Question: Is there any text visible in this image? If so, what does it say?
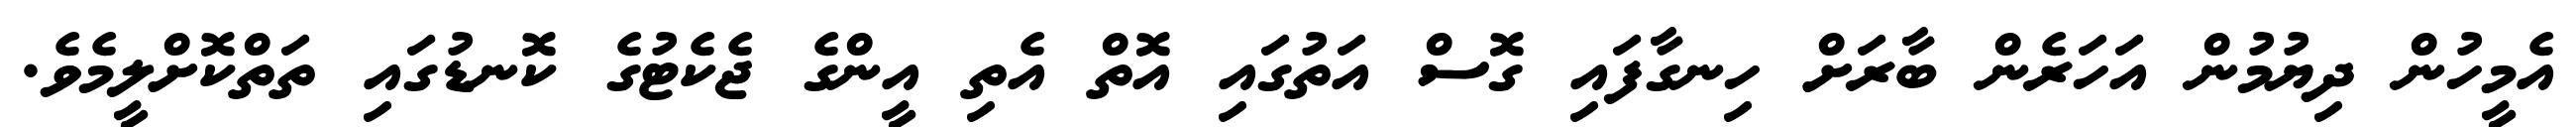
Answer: އެމީހުން ދިޔުމުން އަހަރެން ބާރަށް ހިނގާފައި ގޮސް އަތުގައި އޮތް އެތި އީންގެ ޖެކެޓުގެ ކޮނޑުގައި ތަތްކޮށްލީމެވެ.